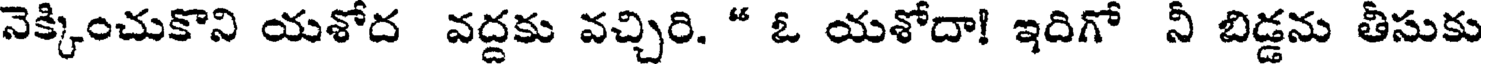
నెక్కించుకొని యశోద వద్దకు వచ్చిరి. " ఓ యశోదా! ఇదిగో నీ బిడ్డను తీసుకు